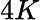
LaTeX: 4K